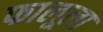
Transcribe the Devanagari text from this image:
फालूला